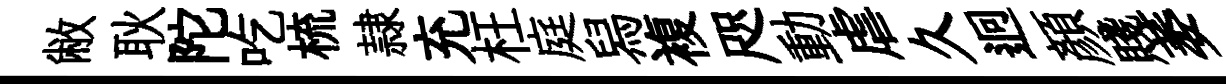
敝耿陀吃梳隷充枉庭舄複咫動虐久迥顔賤萎